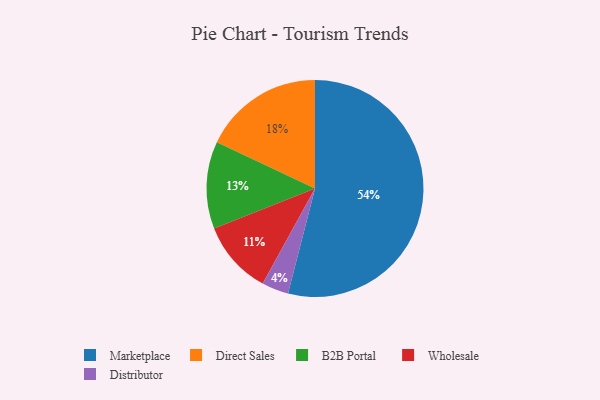
{"axis": {"x": "Category", "y": "Percentage"}, "legend": ["B2B Portal", "Direct Sales", "Distributor", "Marketplace", "Wholesale"], "data": [{"x": "Marketplace", "y": 54, "type": "Marketplace"}, {"x": "Wholesale", "y": 11, "type": "Wholesale"}, {"x": "Direct Sales", "y": 18, "type": "Direct Sales"}, {"x": "B2B Portal", "y": 13, "type": "B2B Portal"}, {"x": "Distributor", "y": 4, "type": "Distributor"}]}